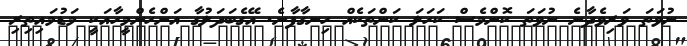
ނުވަތަ ވަރިވެދާނެ ނުވަތަ ކޮންމެސް ކަހަލަ ކަންތަކެއް ހިނގާފާނެ. އޭގެބަދަލުގާ އަންހެންމީހާއަކީ މަޑުމައިތިރި